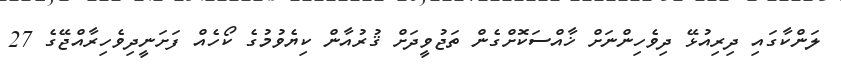
ލަންކާގައި ދިރިއުޅޭ ދިވެހިންނަށް ޚާއްސަކޮށްގެން ތަޖުވީދަށް ޤުރުއާން ކިޔެވުމުގެ ކޯހެއް ފަށަނީދިވެހިރާއްޖޭގެ 27